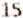
15